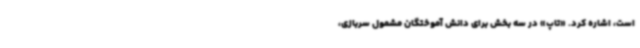
است، اشاره کرد. «تاپ» در سه بخش برای دانش آموختگان مشمول سربازی،